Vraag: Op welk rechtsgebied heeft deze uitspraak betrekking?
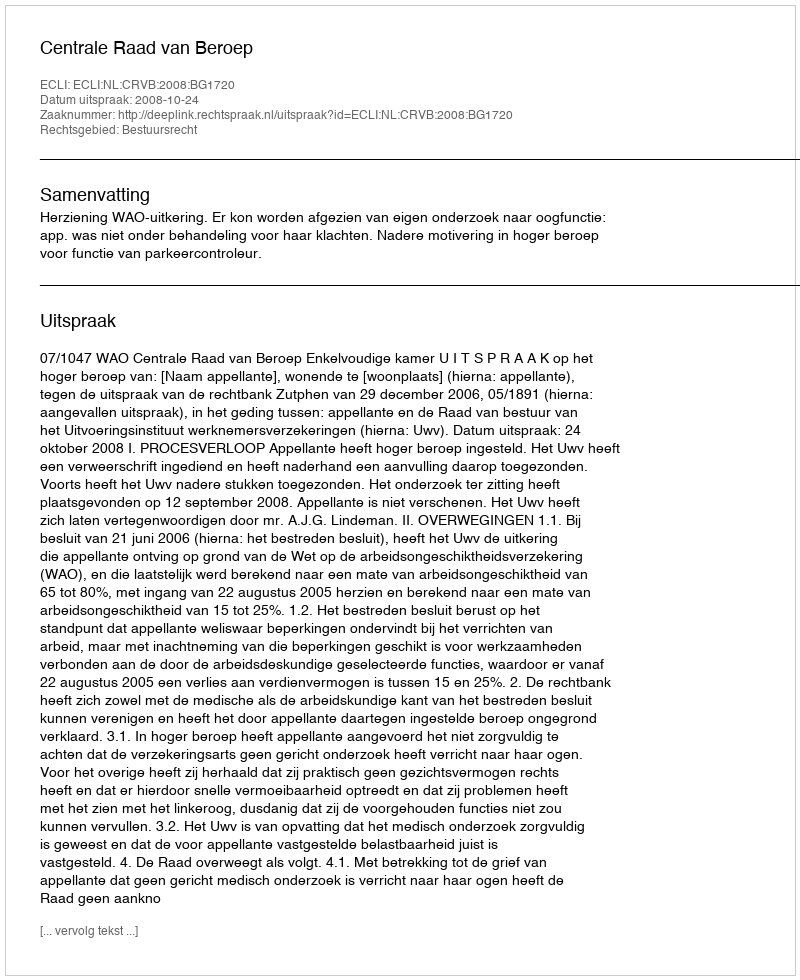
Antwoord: Bestuursrecht